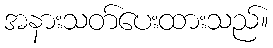
အနားသတ်ပေးထားသည်။